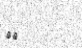
٩٧